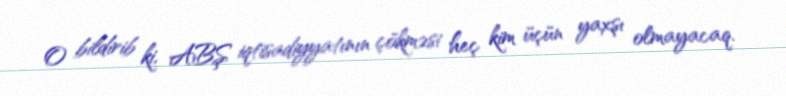
O bildirib ki, ABŞ iqtisadiyyatının çökməsi heç kim üçün yaxşı olmayacaq.